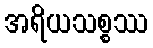
အရိယသစ္စဿ